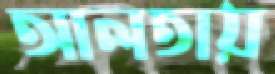
আলতায়